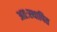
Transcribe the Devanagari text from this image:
अतःस्थापित